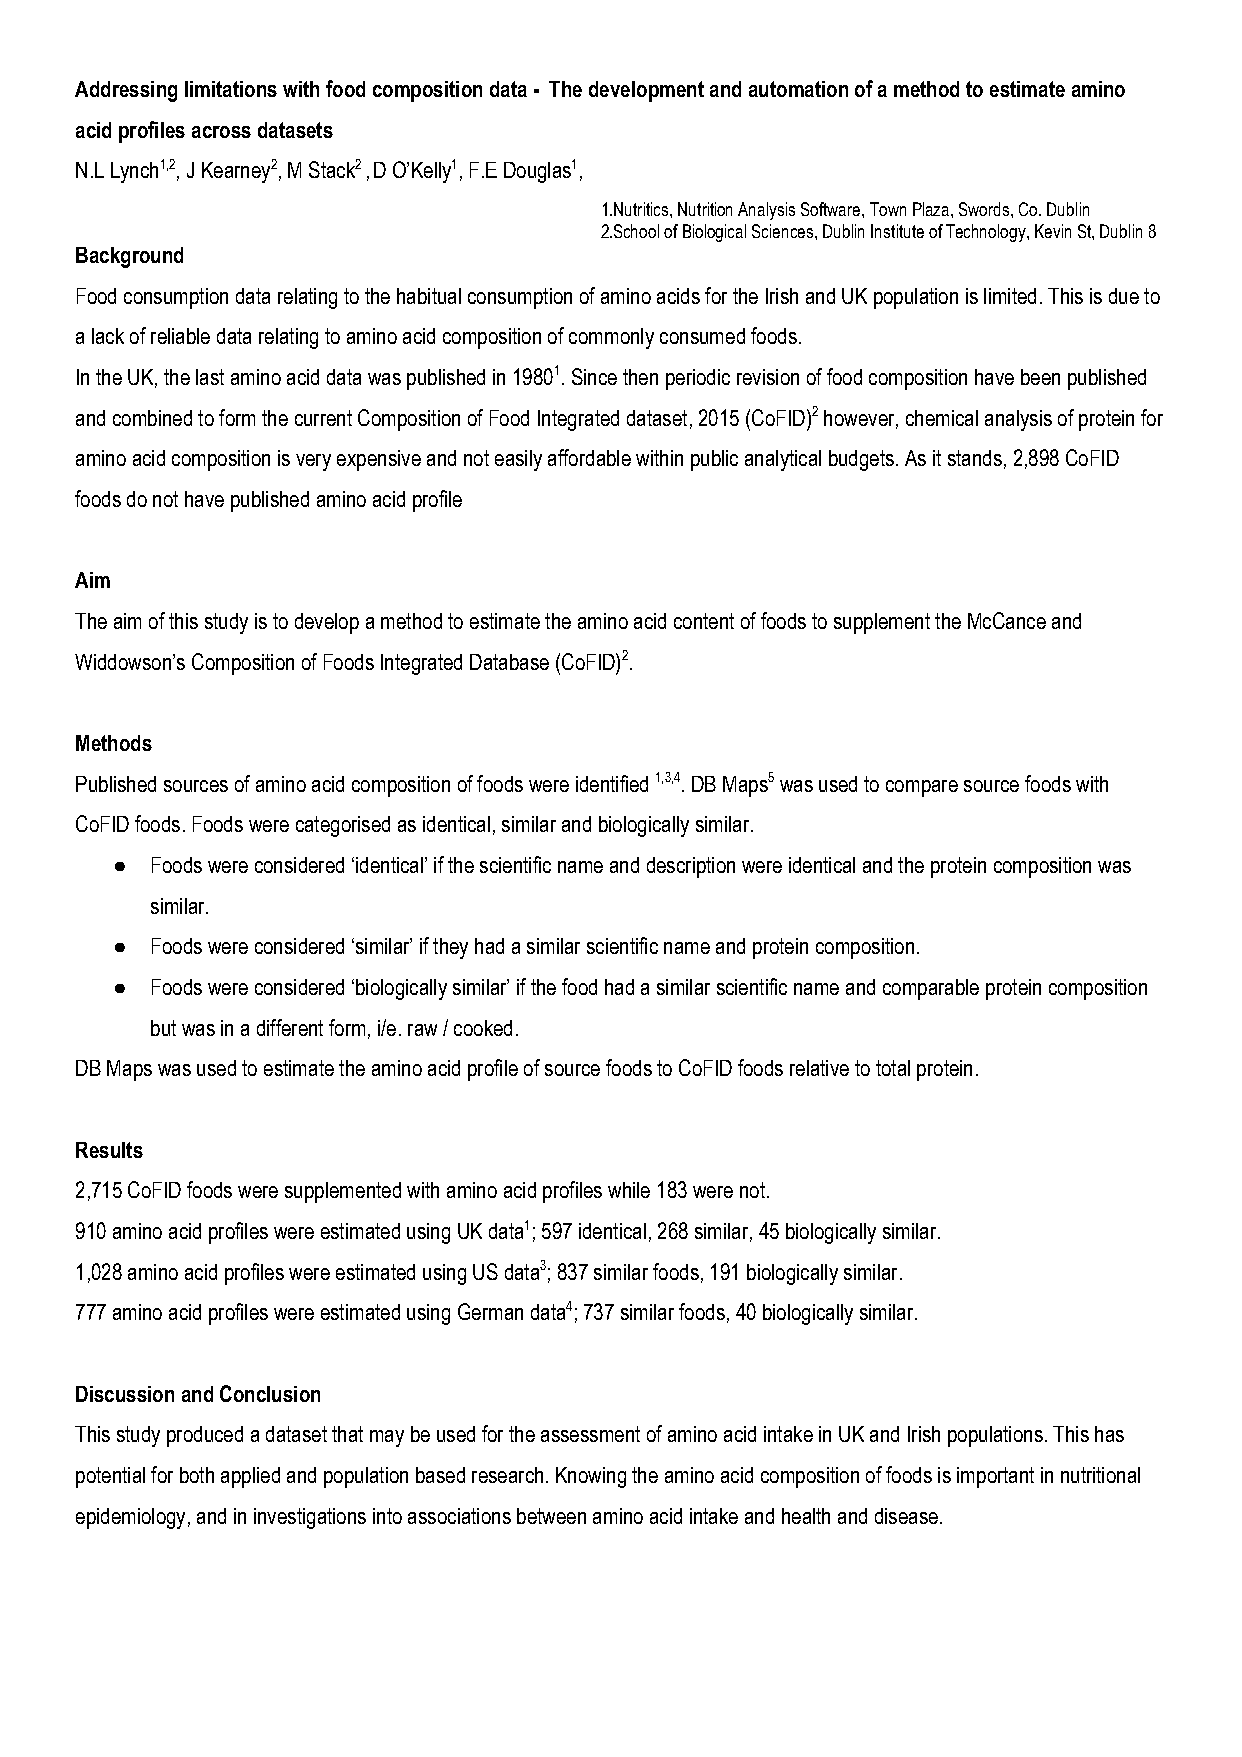
Addressing limitations with food composition data - The development and automation of a method to estimate amino
 acid profiles across datasets
 N.L Lynch1,2 ​, J Kearney2 ​, M Stack2 ​, ​D O’Kelly1 ​, F.E Douglas1 ​,
 ​      ​     ​ ​   ​       ​
 1.Nutritics, Nutrition Analysis Software, Town Plaza, Swords, Co. Dublin
 2.School of Biological Sciences, Dublin Institute of Technology, Kevin St, Dublin 8
 Background
 Food consumption data relating to the habitual consumption of amino acids for the Irish and UK population is limited. This is due to
 a lack of reliable data relating to amino acid composition of commonly consumed foods.
 In the UK, the last amino acid data was published in 19801 ​. Since then periodic revision of food composition have been published
 ​
 and combined to form the current Composition of Food Integrated dataset, 2015 (CoFID)2 ​ however, chemical analysis of protein for
 ​
 amino acid composition is very expensive and not easily affordable within public analytical budgets. As it stands, 2,898 CoFID
 foods do not have published amino acid profile
 Aim
 The aim of this study is to develop a method to estimate the amino acid content of foods to supplement the McCance and
 Widdowson’s Composition of Foods Integrated Database (CoFID)2 ​.
 ​
 Methods
 Published sources of amino acid composition of foods were identified 1,3,4 ​. DB Maps5 ​ was used to compare source foods with
 ​       ​
 CoFID foods. Foods were categorised as identical, similar and biologically similar.
 ●  Foods were considered ‘identical’ if the scientific name and description were identical and the protein composition was
 similar.
 ●  Foods were considered ‘similar’ if they had a similar scientific name and protein composition.
 ●  Foods were considered ‘biologically similar’ if the food had a similar scientific name and comparable protein composition
 but was in a different form, i/e. raw / cooked.
 DB Maps was used to estimate the amino acid profile of source foods to CoFID foods relative to total protein.
 Results
 2,715 CoFID foods were supplemented with amino acid profiles while 183 were not.
 910 amino acid profiles were estimated using UK data1 ​; 597 identical, 268 similar, 45 biologically similar.
 ​
 1,028 amino acid profiles were estimated using US data3 ​; 837 similar foods, 191 biologically similar.
 ​
 777 amino acid profiles were estimated using German data4 ​; 737 similar foods, 40 biologically similar.
 ​
 Discussion and Conclusion
 This study produced a dataset that may be used for the assessment of amino acid intake in UK and Irish populations. This has
 potential for both applied and population based research. Knowing the amino acid composition of foods is important in nutritional
 epidemiology, and in investigations into associations between amino acid intake and health and disease.